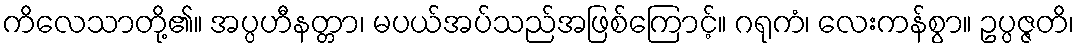
ကိလေသာတို့၏။ အပ္ပဟီနတ္တာ၊ မပယ်အပ်သည်အဖြစ်ကြောင့်။ ဂရုကံ၊ လေးကန်စွာ။ ဥပ္ပဇ္ဇတိ၊